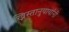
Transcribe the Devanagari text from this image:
ख्रिस्तानुयायांनी